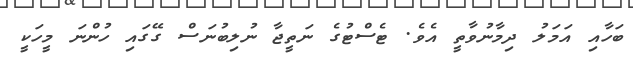
ބަހާއި އަމަލު ދިމާނުވާތީ އެވެ. ޓެސްޓުގެ ނަތީޖާ ނުލިބުނަސް ގޭގައި ހުންނަ މީހަކީ